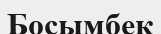
Босымбек